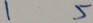
1 5